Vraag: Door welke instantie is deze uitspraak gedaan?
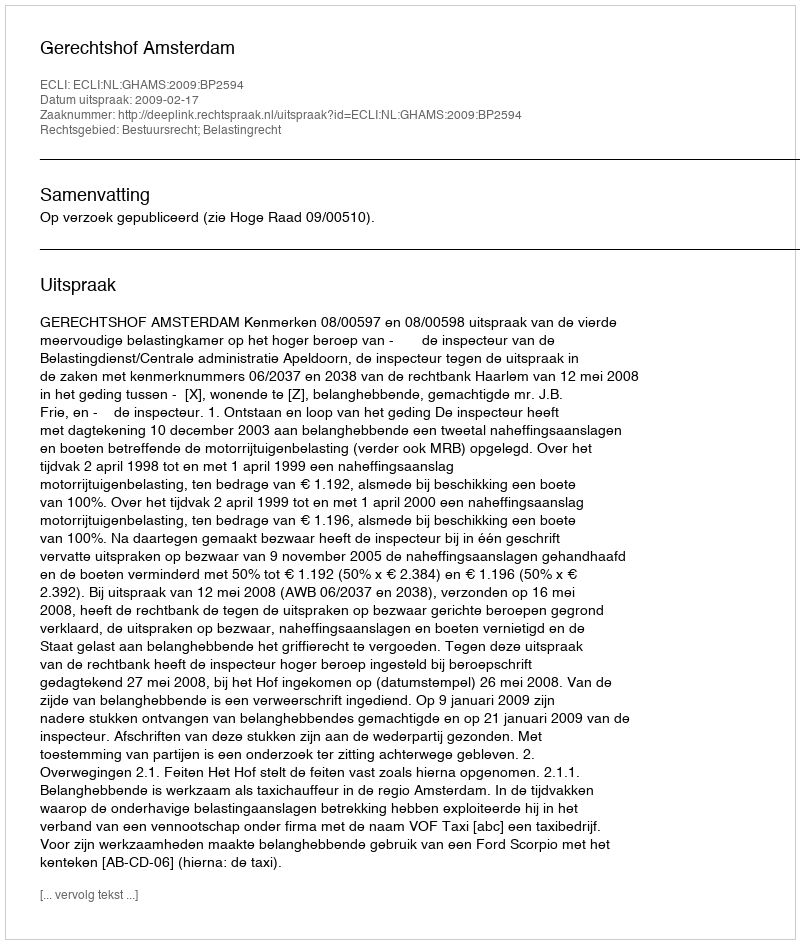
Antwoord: Gerechtshof Amsterdam